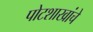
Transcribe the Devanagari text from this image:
पोटशाखांचे